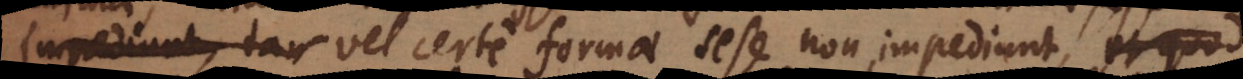
nimae vel certe formae sese non impediunt, itaque